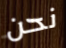
نحن